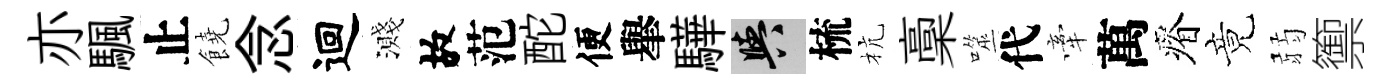
亦颿止饒念迴濺故范酡便𦦙驊阳梳杭稾噬代牽萬瘠竟弱籞